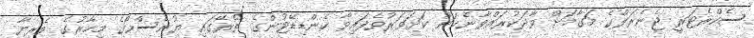
ސެކްރެޓަރީ ޖެނެރަލްގެ މަގާމަށް ވާދަކުރައްވާނެކަން ކަށަވަރުވެފައިވާ ކެންޑިޑޭޓުންގެ ތެރޭގައި ޔުނެސްކޯގެ މިހާރުގެ ވެރިޔާ